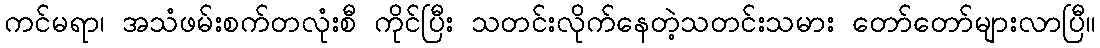
ကင်မရာ၊ အသံဖမ်းစက်တလုံးစီ ကိုင်ပြီး သတင်းလိုက်နေတဲ့သတင်းသမား တော်တော်များလာပြီ။